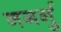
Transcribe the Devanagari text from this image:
नगर्नु